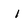
Character: I